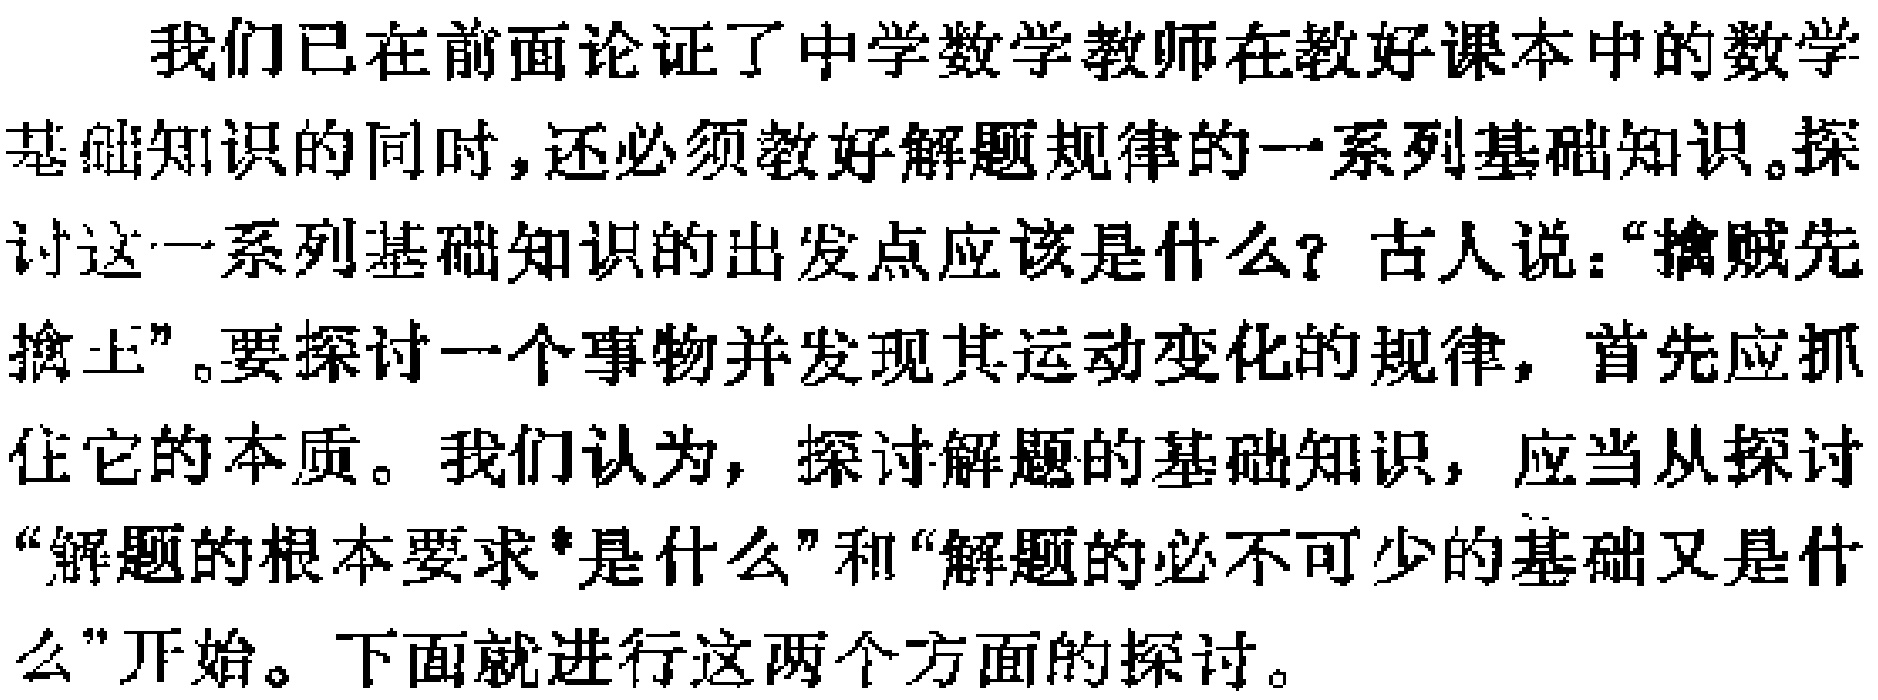
我们已在前面论证了中学数学教师在教好课本中的数学

基础知识的同时，还必须教好解题规律的一系列基础知识。探

讨这一系列基础知识的出发点应该是什么？古人说：“擒贼先

擒王”。要探讨一个事物并发现其运动变化的规律，首先应抓

住它的本质。我们认为，探讨解题的基础知识，应当从探讨

“解题的根本要求*是什么”和“解题的必不可少的基础又是什

么”开始。下面就进行这两个方面的探讨。